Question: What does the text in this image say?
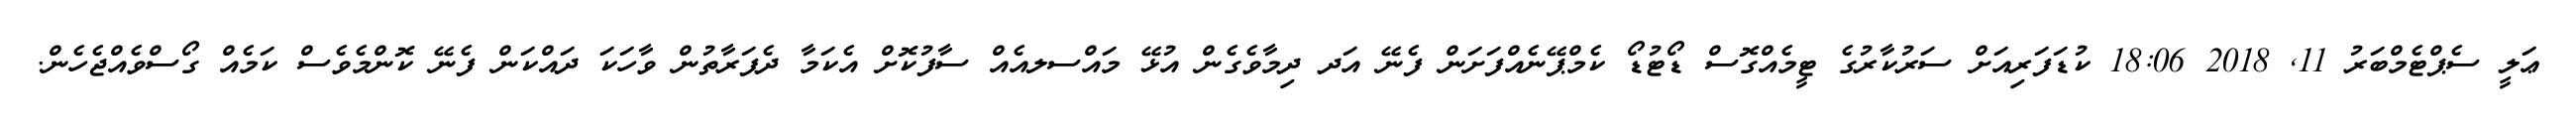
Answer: ޢަލީ ސެޕްޓެމްބަރު 11, 2018 18:06 ކުޑަފަރިއަށް ސަރުކާރުގެ ޓީމެއްގޮސް ޑޯޓުޑޯ ކެމްޕޭނެއްފަށަން ފެނޭ އަދ ދިމާވެގެން އުޅޭ މައްސލއެއް ސާފުކޮށް އެކަމާ ދެފަރާތުން ވާހަކަ ދައްކަން ފެނޭ ކޮންމެވެސް ކަމެއް ގޯސްވެއްޖެހެން.